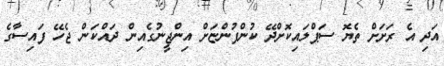
އަދި އެ ރަށަށް ތެޔޮ ސަޕްލައިކޮށްދޭ ކުންފުންޏަށް އިންޖީނުގެއިން ދައްކަން ޖެހޭ ފައިސާގެ